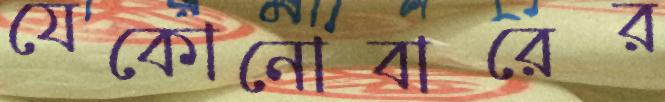
যেকোনোবারের